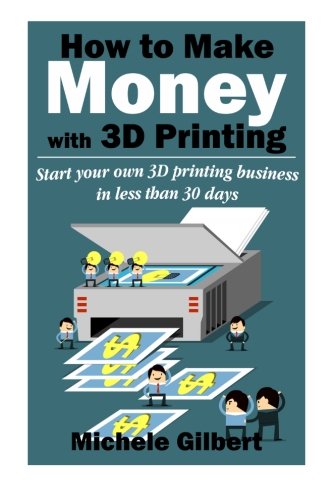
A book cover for How To Make Money With 3D Printing: Start Your Own 3D Printing Business In Less Than 30 Days (3d printing for beginners,Make Money At Home How To Series Book 1); Michele Gilbert; Computers & Technology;